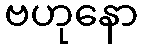
ဗဟုနော